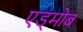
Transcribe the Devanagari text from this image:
एड्मोब